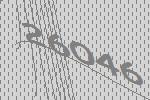
26046